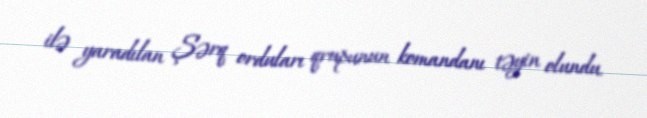
ilə yaradılan Şərq orduları qrupunun komandanı təyin olundu.